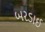
બરડાઈ